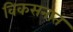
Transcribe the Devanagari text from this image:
विकसनात